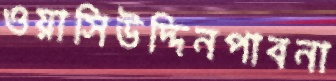
ওয়াসিউদ্দিনপাবনা